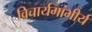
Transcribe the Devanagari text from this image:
विचार्यगांभीर्य